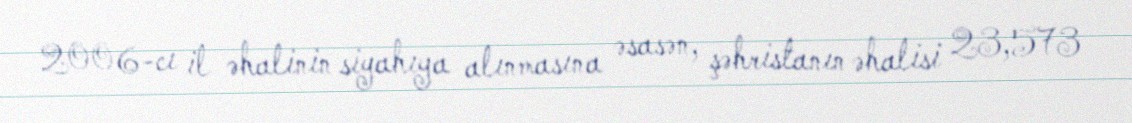
2006-cı il əhalinin siyahıya alınmasına əsasən, şəhristanın əhalisi 23,573